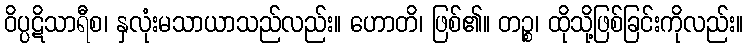
ဝိပ္ပဋိသာရီစ၊ နှလုံးမသာယာသည်လည်း။ ဟောတိ၊ ဖြစ်၏။ တဉ္စ၊ ထိုသို့ဖြစ်ခြင်းကိုလည်း။